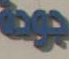
جودة